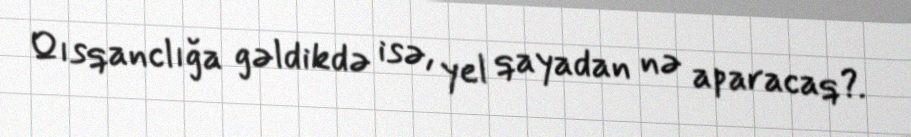
Qısqanclığa gəldikdə isə, yel qayadan nə aparacaq?.